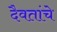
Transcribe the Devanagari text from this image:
दैवतांचे